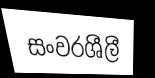
සංවරශීලී